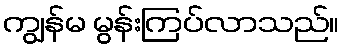
ကျွန်မ မွန်းကြပ်လာသည်။